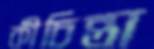
কীচিন্তা